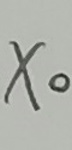
$X_{0}$